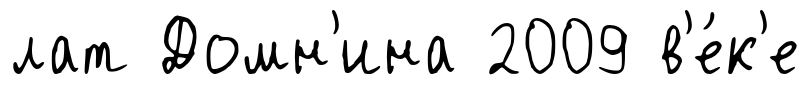
лат Домн'ина 2009 в'е́к'е